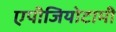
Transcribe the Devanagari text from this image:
एपीजियोटामी